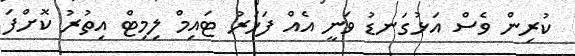
ކުރިން ވެސް އަޅުގަނޑު ވަނީ އެއް ފަހަރު ޓައިމް ލިމިޓް އިތުރު ކޮށްފަ